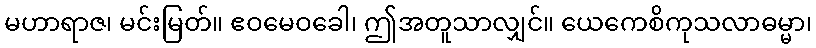
မဟာရာဇ၊ မင်းမြတ်။ ဧဝမေဝခေါ၊ ဤအတူသာလျှင်။ ယေကေစိကုသလာဓမ္မာ၊